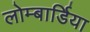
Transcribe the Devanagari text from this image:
लोम्बार्डिया